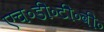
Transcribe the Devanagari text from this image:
एच॰डी॰टी॰वी॰